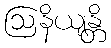
ဩနိယျန္တိ